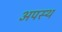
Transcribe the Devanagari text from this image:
अपस्थ